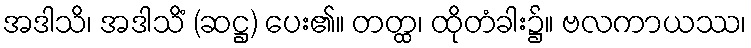
အဒါသိ၊ အဒါသိံ (ဆဋ္ဌ) ပေး၏။ တတ္ထ၊ ထိုတံခါး၌။ ဗလကာယဿ၊